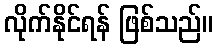
လိုက်နိုင်ရန် ဖြစ်သည်။